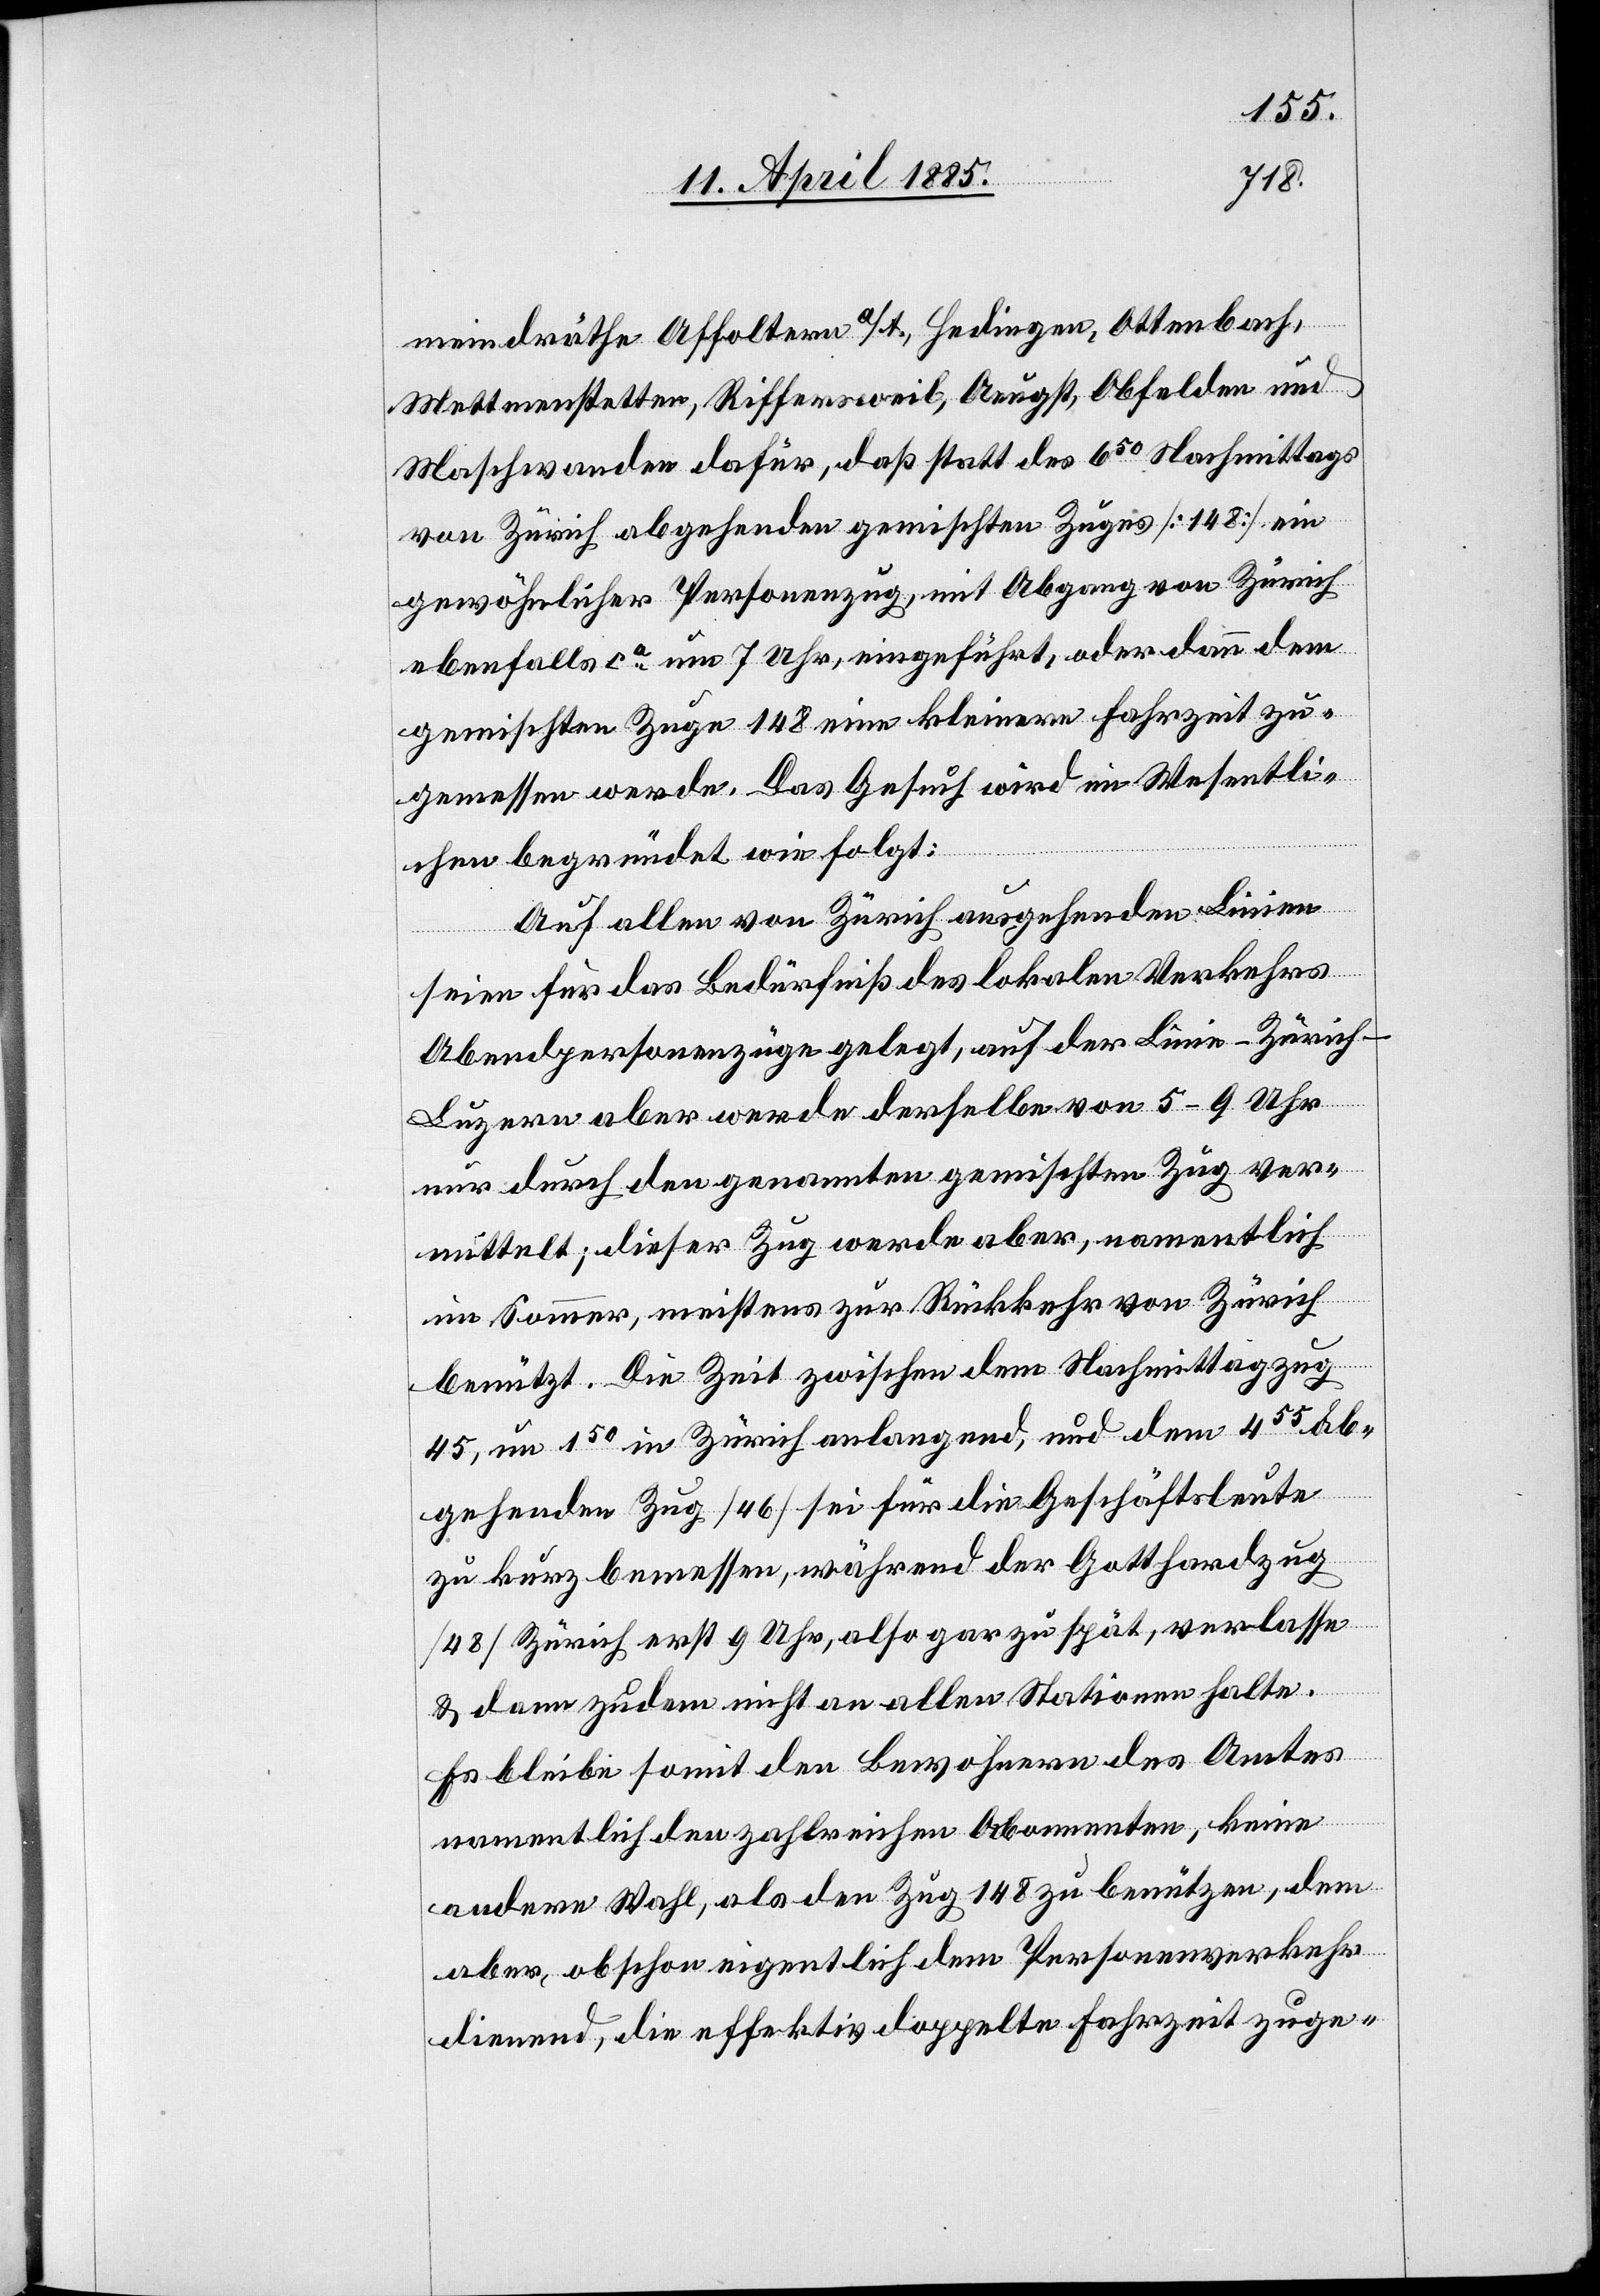
meindräthe Affoltern a/A., Mettmenstetten,
Maschwanden dafür, daß statt des 650 Nachmittags
von Zürich abgehenden gemischten Zuges [148] ein
gewöhnlicher Personenzug, mit Abgang von Zürich
ebenfalls ca um 7 Uhr, eingeführt, oder dann dem
gemischten Zuge 148 eine kleinere Fahrzeit zu¬
gemessen werde. Das Gesuch wird im Wesentli¬
chen begründet wie folgt:
Auf allen von Zürich ausgehenden Linien
seien für das Bedürfniß des lokalen Verkehrs
Abendpersonenzüge gelegt, auf der Linie Zürich–L¬
und
uzern aber werde derselbe von 5–9 Uhr
nur durch den genannten gemischten Zug ver¬
mittelt; dieser Zug werde aber, namentlich
im Sommer, meistens zur Rückkehr von Zürich
benützt. Die Zeit zwischen dem Nachmittagzug
45, um 150 in Zürich anlangend, und dem 455 ab¬
gehenden Zug [46] sei für die Geschäftsleute
zu kurz bemessen, während der Gotthardzug
[48] Zürich erst um 9 Uhr, also gar zu spät, verlasse
& dann zudem nicht an allen Stationen halte.
Es bleibe somit den Bewohnern des Amtes
namentlich den zahlreichen Abonnenten, keine
andere Wahl, als den Zug 148 zu benützen, dem
aber, obschon eigentlich dem Personenverkehr
dienend, die effektiv doppelte Fahrzeit zuge-